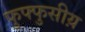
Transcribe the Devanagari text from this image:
फुफ्फुसीय़